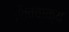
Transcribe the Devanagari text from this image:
शिववाक्य